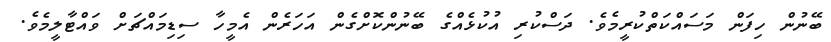
ބޭނުން ހިފަން މަސައްކަތްކުރީމެވެ. ދަސްކުރި އުކުޅެއްގެ ބޭނުންކޮށްގެން އަހަރެން އެމީހާ ސިޑިމައްޗަށް ވައްޓާލީމެވެ.